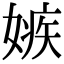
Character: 嫉